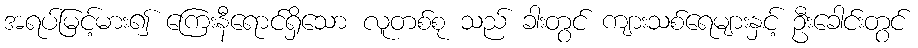
အရပ်မြင့်မား၍ ကြေးနီရောင်ရှိသော လူတစ်စု သည် ခါးတွင် ကျားသစ်ရေများနှင့် ဦးခေါင်းတွင်